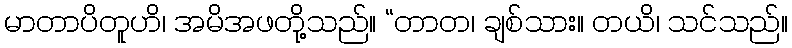
မာတာပိတူဟိ၊ အမိအဖတို့သည်။ “တာတ၊ ချစ်သား။ တယိ၊ သင်သည်။